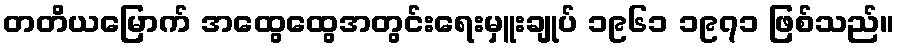
တတိယမြောက် အထွေထွေအတွင်းရေးမှူးချုပ် ၁၉၆၁ ၁၉၇၁ ဖြစ်သည်။